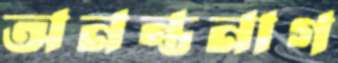
অনন্তনাগ